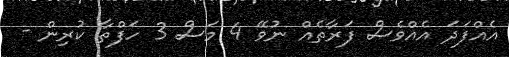
އެއްފަދަ އެެއްވެސް ފަރާތެއް ނުވޭ 4 މަސް 3 ހަފްތާ ކުރިން -